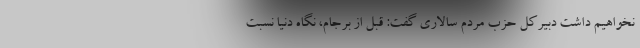
نخواهیم داشت دبیرکل حزب مردم سالاری گفت: قبل از برجام، نگاه دنیا نسبت